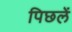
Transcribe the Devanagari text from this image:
पिछलें